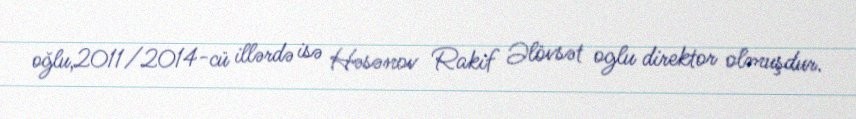
oğlu,2011/2014-cü illərdə isə Həsənov Rakif Əlövsət oglu direktor olmuşdur.